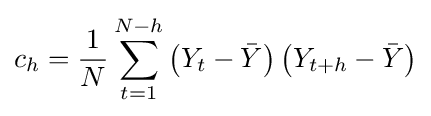
c_{h}={\frac {1}{N}}\sum _{t=1}^{N-h}\left(Y_{t}-{\bar {Y}}\right)\left(Y_{t+h}-{\bar {Y}}\right)